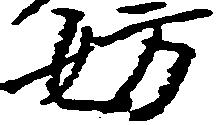
妨